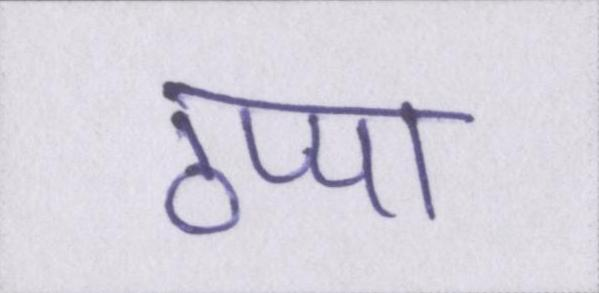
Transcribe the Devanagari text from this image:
ठप्पा